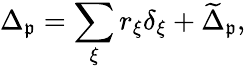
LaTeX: \Delta_{\mathfrak{p}}=\sum_{\xi}r_{\xi}\delta_{\xi}+\widetilde{\Delta}_{\mathfrak{p}},